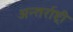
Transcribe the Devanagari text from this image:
अन्तर्राष्ट्री